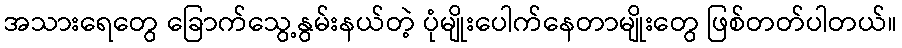
အသားရေတွေ ခြောက်သွေ့နွမ်းနယ်တဲ့ ပုံမျိုးပေါက်နေတာမျိုးတွေ ဖြစ်တတ်ပါတယ်။